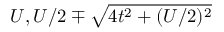
U , U / 2 \mp \sqrt { 4 t ^ { 2 } + ( U / 2 ) ^ { 2 } }